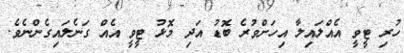
ހުރި ޓީވީ އެއްލައިލާ އިހަށްވުރެ ބޮޑު އަދި މޮޅު ޓީވީ އެއް ގަނެލައިގެންނެވެ.